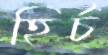
হির্চ